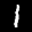
Label: 1